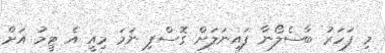
މި ފަހަރު ބާސެލޯނާ ފައިނަލަށް ގޮސްފި ނަމަ މިއީ އެ ޓީމު އަށް